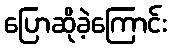
ပြောဆိုခဲ့ကြောင်း